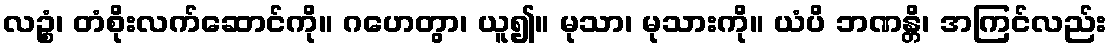
လဉ္စံ၊ တံစိုးလက်ဆောင်ကို။ ဂဟေတွာ၊ ယူ၍။ မုသာ၊ မုသားကို။ ယံပိ ဘဏန္တိ၊ အကြင်လည်း